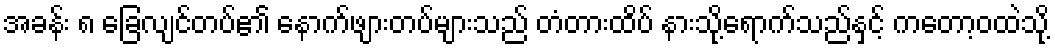
အခန်း ၈ ခြေလျင်တပ်၏ နောက်ဖျားတပ်များသည် တံတားထိပ် နားသို့ရောက်သည်နှင့် ကတော့ဝထဲသို့